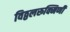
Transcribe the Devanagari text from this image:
विठ्ठलरूक्मिणी